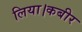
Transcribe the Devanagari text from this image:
लिया।कबीर